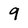
Character: 9